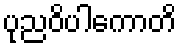
ပုညဝိပါကောတိ